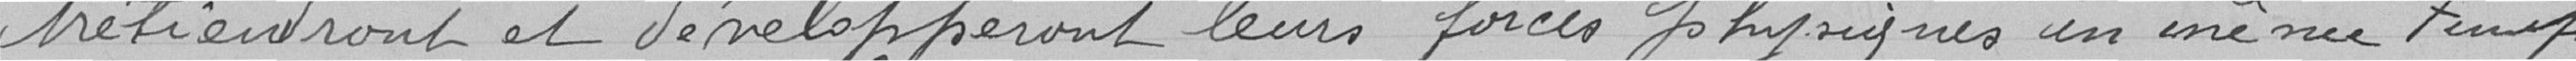
tretiendront et développeront leurs forces physiques en meme temps